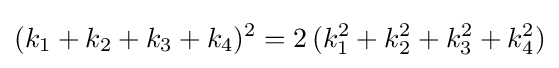
(k_{1}+k_{2}+k_{3}+k_{4})^{2}=2\,(k_{1}^{2}+k_{2}^{2}+k_{3}^{2}+k_{4}^{2})